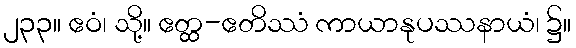
၂၃၃။ ဧဝံ၊ သို့။ ဧတ္ထ-ဧတိဿံ ကာယာနုပဿနာယံ၊ ၌။